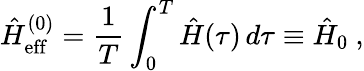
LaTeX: \hat{H}_{\mathrm{eff}}^{(0)}=\frac{1}{T}\int_{0}^{T}\hat{H}(\tau)\, d\tau\equiv\hat{H}_{0}~,